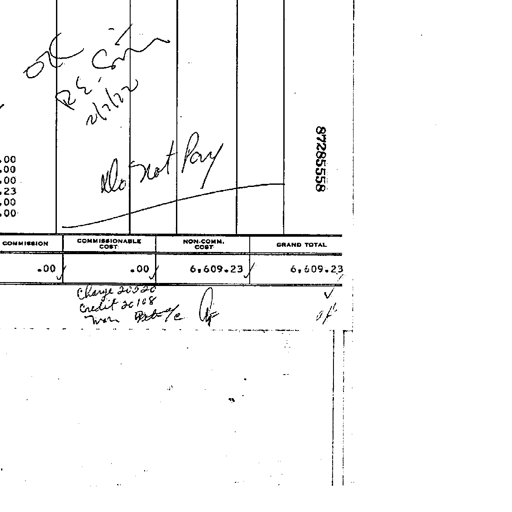
OK
RE-S
2/7/22
Do Not Pay
87285558
.00
.00
.00
.23
.00
.00
COMMISSION COMMISSIONABLE COST NON-COMM. COST GRAND TOTAL
.00 .00 6,609.23 6,609.23
Charge 20520
Credit 20108
Non Billable OK OK